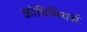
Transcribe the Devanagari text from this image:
क्रोमिमियर्स